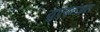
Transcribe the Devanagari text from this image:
युएएनअल